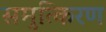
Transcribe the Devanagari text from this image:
समुत्किरण